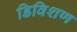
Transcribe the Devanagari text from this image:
डिविशण